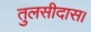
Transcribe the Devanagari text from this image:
तुलसीदास।